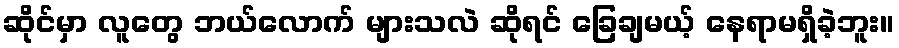
ဆိုင်မှာ လူတွေ ဘယ်လောက် များသလဲ ဆိုရင် ခြေချမယ့် နေရာမရှိခဲ့ဘူး။